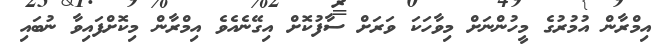
އިމްރާން އުމުރުގެ މީހުންނަށް މިވާހަކަ ވަަރަށް ސާފުކޮށް އިގޭނެއެވެ އިމްރާން މިކޮށްފައިވާ ނުބައި